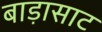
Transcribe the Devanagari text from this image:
बाड़ासाट